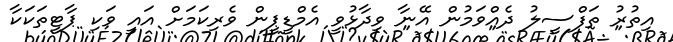
އިތުރު ތަފްސީލު ދެއްވަމުން އޭނާ ވިދާޅުވީ އެމްޑީޕީން ވެރިކަމަށް އައީ ވަކި ޕާޓީތަކަކާ